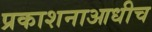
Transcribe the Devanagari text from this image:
प्रकाशनाआधीच